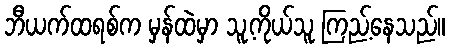
ဘီယက်ထရစ်က မှန်ထဲမှာ သူ့ကိုယ်သူ ကြည့်နေသည်။